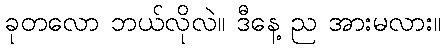
ခုတလော ဘယ်လိုလဲ။ ဒီနေ့ ည အားမလား။